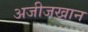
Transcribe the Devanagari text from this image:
अजीजखान